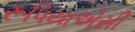
રૂપિયાએસી